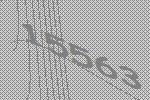
15563